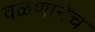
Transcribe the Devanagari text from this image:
वळणानेच